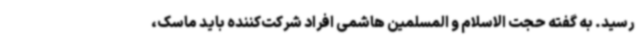
رسید. به گفته حجت الاسلام و المسلمین هاشمی افراد شرکت‌کننده باید ماسک،